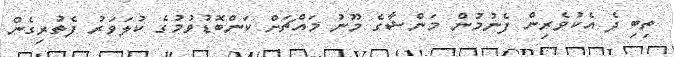
ތިބި ދެ އެކުވެރިން ފެނުމުން މަންޝާގެ މޫނު މައްޗަށް ކަންބޮޑުވުމުގެ ކުލަވަރު ފެތުރިގެން